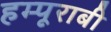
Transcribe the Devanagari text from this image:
हम्पूराबी